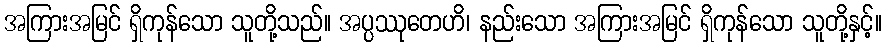
အကြားအမြင် ရှိကုန်သော သူတို့သည်။ အပ္ပဿုတေဟိ၊ နည်းသော အကြားအမြင် ရှိကုန်သော သူတို့နှင့်။